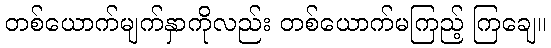
တစ်ယောက်မျက်နှာကိုလည်း တစ်ယောက်မကြည့် ကြချေ။